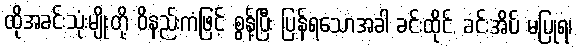
ထိုအခင်းသုံးမျိုးတို့ ဝိနည်းကံဖြင့် စွန့်ပြီး ပြန်ရသောအခါ ခင်းထိုင်, ခင်းအိပ် မပြုရ၊